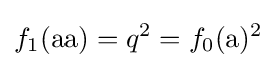
f_{1}({\text{aa}})=q^{2}=f_{0}({\text{a}})^{2}